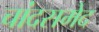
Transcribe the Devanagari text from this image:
चांदसमेद